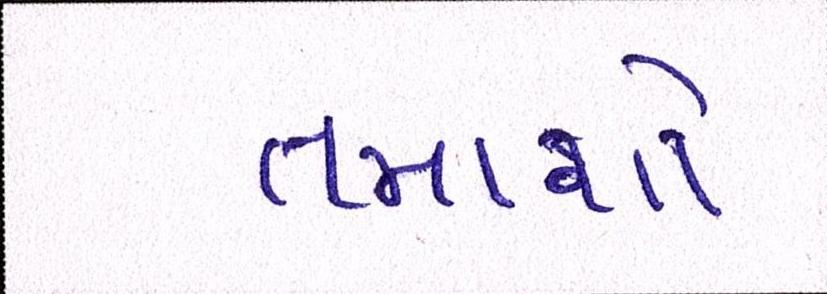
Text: તમાશો